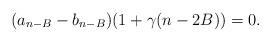
LaTeX: \begin{align*}(a_{n-B} - b_{n-B})(1 + \gamma (n - 2B)) = 0.\end{align*}